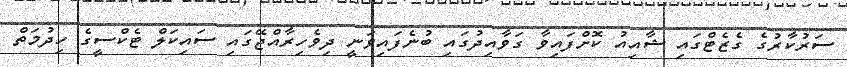
ސަރުކާރުގެ ގެޒެޓްގައި ޝާއިއު ކޮށްފައިވާ ގަވާއިދުގައި ބުނެފައިވަނީ ދިވެހިރާއްޖޭގައި ސައިކަލް ޓެކްސީގެ ހިދުމަތް